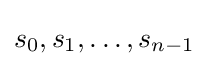
s_{0},s_{1},\ldots ,s_{n-1}